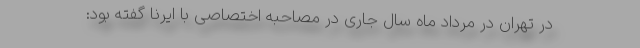
در تهران در مرداد ماه سال جاری در مصاحبه اختصاصی با ایرنا گفته بود: